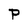
Character: P